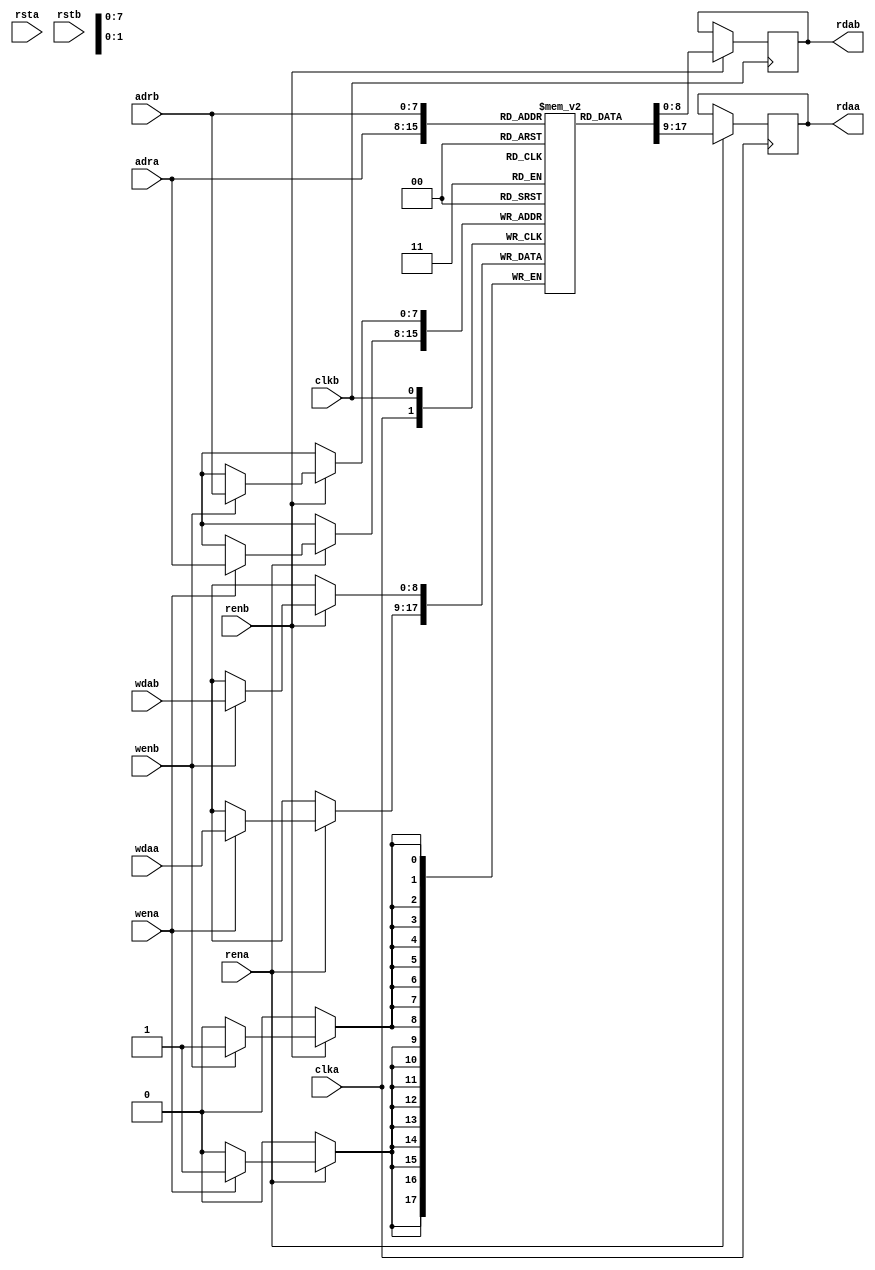
// Description  : Editing from Xilinx's code
////////////////////////////////////////////////////////////////////////////////

module xil_bram_tdp_rdf_2clk
    (
     clka,
     rsta,
     adra,
     wena,
     wdaa,
     rena,
     rdaa,
     
     clkb,
     rstb,
     adrb,
     wenb,
     wdab,
     renb,
     rdab
     
     );

parameter ADR = 8;
parameter DAT = 9;
parameter DEP = 256;
parameter DEL = 1  ;
parameter INIT_FILE = "";

input [ADR-1:0]     adra;
input [ADR-1:0]     adrb;
input [DAT-1:0]     wdaa;
input [DAT-1:0]     wdab;
input               clka;
input               clkb;
input               wena;
input               wenb;
input               rena;
input               renb;
input               rsta;
input               rstb;
output [DAT-1:0]    rdaa;
output [DAT-1:0]    rdab;


wire                regcea = 1'b1;
wire                regceb = 1'b1;

(* ram_style="block" *) 
reg [DAT-1:0]       ram_name [DEP-1:0];
reg [DAT-1:0]       ram_data_a = {DAT{1'b0}};
reg [DAT-1:0]       ram_data_b = {DAT{1'b0}};

generate
if (INIT_FILE != "") 
    begin: use_init_file
    initial
        $readmemh(INIT_FILE, ram_name, 0, DEP-1);
    end 
else
    begin: init_bram_to_zero
    integer ram_index;
    initial
        for (ram_index = 0; ram_index < DEP; ram_index = ram_index + 1)
            ram_name[ram_index] = {DAT{1'b0}};
    end
endgenerate

always @(posedge clka)
    if (rena) 
        begin
        if (wena)
            ram_name[adra] <= wdaa;
        ram_data_a <= ram_name[adra];
        end

always @(posedge clkb)
    if (renb) 
        begin
        if (wenb)
            ram_name[adrb] <= wdab;
        ram_data_b <= ram_name[adrb];
        end

generate
if (DEL == 1)
    begin: no_output_register
    assign rdaa = ram_data_a;
    assign rdab = ram_data_b;
    end 
else
    begin: output_register
    reg [DAT-1:0] douta_reg = {DAT{1'b0}};
    reg [DAT-1:0] doutb_reg = {DAT{1'b0}};
    
    always @(posedge clka)
        if (rsta)
            douta_reg <= {DAT{1'b0}};
        else if (regcea)
            douta_reg <= ram_data_a;

    always @(posedge clkb)
        if (rstb)
            doutb_reg <= {DAT{1'b0}};
        else if (regceb)
            doutb_reg <= ram_data_b;
    
    assign        rdaa = douta_reg;
    assign        rdab = doutb_reg;
    end
endgenerate


        
endmodule